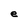
Character: e